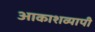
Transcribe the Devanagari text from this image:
आकाशव्यापी